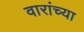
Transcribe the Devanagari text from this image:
वारांच्या